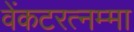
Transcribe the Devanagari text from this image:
वेंकटरत्नम्मा